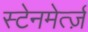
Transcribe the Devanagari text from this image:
स्टेनमेर्त्ज़